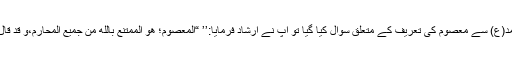
چنانچہ جب ہمارے اور آپ کے چھٹے امام حضرت صادق آل محمد(ع) سے معصوم کی تعریف کے متعلق سوال کیا گیا تو آپ نے ارشاد فرمایا:’’ “المعصوم؛ هو الممتنع بالله من جمیع المحارم،و قد قال الله تبارک و تعالی: و من یعتصم بالله فقد هدی الی صراط مستقیم‘‘۔